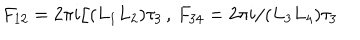
F _ { 1 2 } = 2 \pi i / ( L _ { 1 } L _ { 2 } ) \tau _ { 3 } \, , \, F _ { 3 4 } = 2 \pi i / ( L _ { 3 } L _ { 4 } ) \tau _ { 3 }